Civil Veterinary Dept. Bombay admin report 1932-41 - 1932-1941
Year: 1932
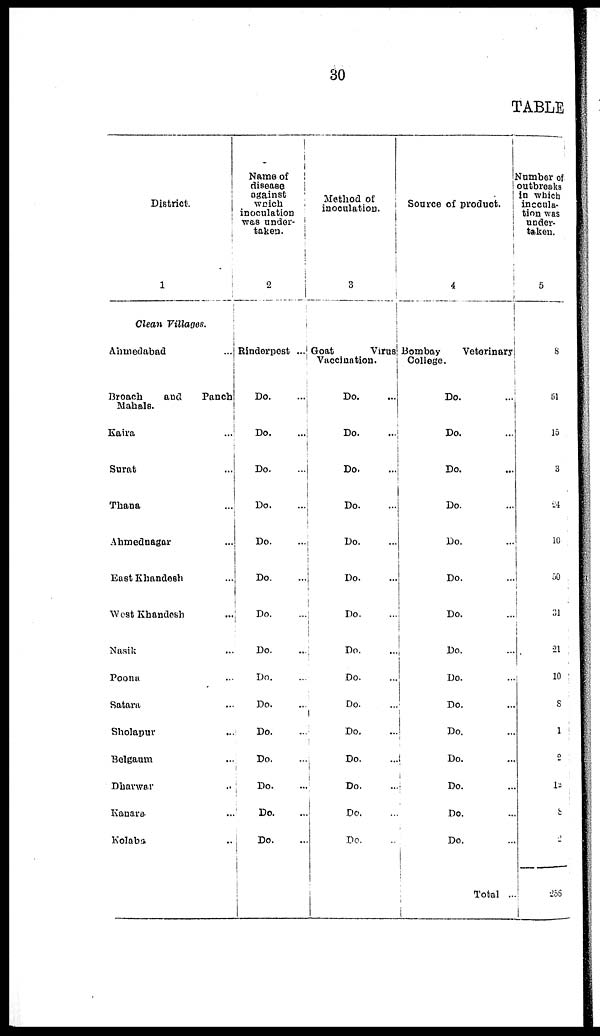
30
TABLE
District.
1
Clean Villages.
Ahmedabad
...
Broach
and
Panch
Mahals.
Kaira ...
Surat ...
Thana ...
Atamednagar
...
East Khandesh ...
West Khandesh ...
Nasik ...
Poonn ...
Satara ...
Sholapur ...
Bolgaum ...
Dharwar ...
Kanara ...
Kolaba ...
Name of
disease
against
which
inoculation
was under-
taken.
2
Rinderpost ...
Do. ...
Do. ...
Do. ...
Do. ...
Do. ...
Do. ...
Do. ...
Do. ...
Do. ...
Do. ...
Do. ...
Do. ...
Do. ...
Do. ...
Do. ...
Method of
inoculation.
3
Goat
Virus
Vaccination.
Do.
...
Do.
...
Do. ...
Do.
...
Do.
...
Do.
...
Do. ...
Do. ...
Do.
...
Do. ...
Do.
...
Do.
...
Do. ...
Do. ...
Do. ...
Source of product.
4
Bombay
Veterinary
College.
Do. ...
Do. ...
Do.
...
Do.
...
Do.
...
Do.
...
Do. ...
Do.
...
Do. ...
Do.
...
Do.
...
Do.
...
Do. ...
Do. ...
Do.
...
Total ...
Number of
outbreaks
in which
inocula-
tion was
under-
taken.
5
8
51
16
3
24
10
50
31
21
10
8
1
2
15
8
2
255